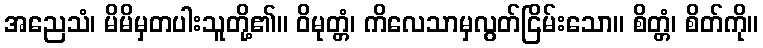
အညေသံ၊ မိမိမှတပါးသူတို့၏။ ဝိမုတ္တံ၊ ကိလေသာမှလွတ်ငြိမ်းသော။ စိတ္တံ၊ စိတ်ကို။